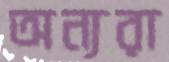
অন্যরা